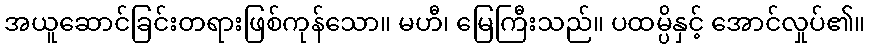
အယူဆောင်ခြင်းတရားဖြစ်ကုန်သော။ မဟီ၊ မြေကြီးသည်။ ပထမ္ပိနှင့် အောင်လှုပ်၏။